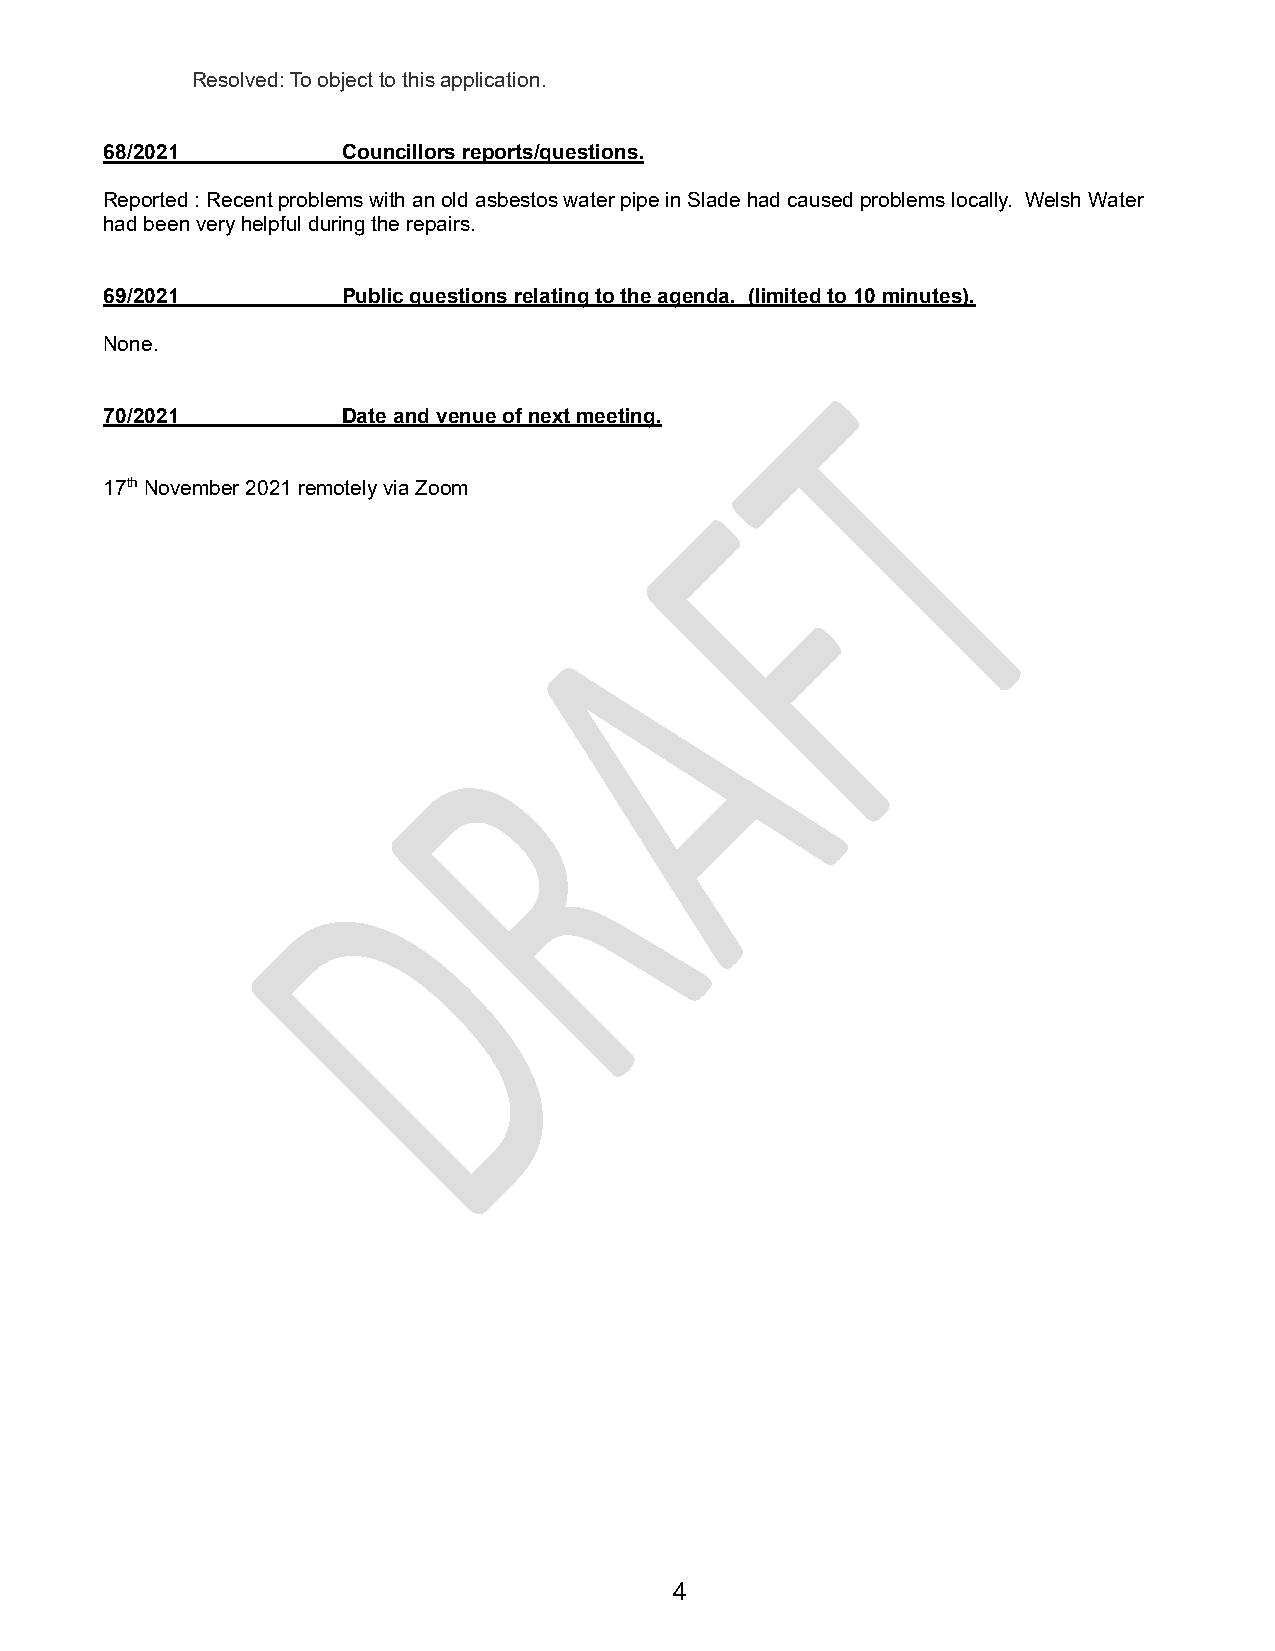
Resolved: To object to this application.
 68/2021         Councillors reports/questions.
 Reported : Recent problems with an old asbestos water pipe in Slade had caused problems locally. Welsh Water
 had been very helpful during the repairs.
 69/2021         Public questions relating to the agenda. (limited to 10 minutes).
 None.
 70/2021         Date and venue of next meeting.
 17th November 2021 remotely via Zoom
 4